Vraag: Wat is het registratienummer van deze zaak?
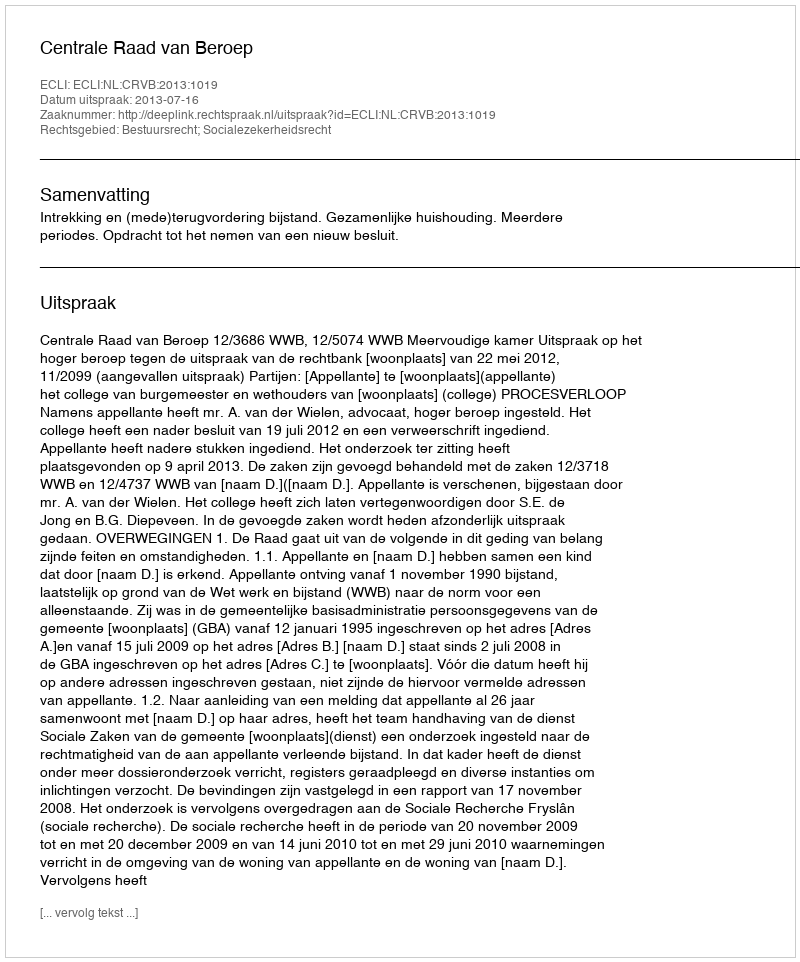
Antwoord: http://deeplink.rechtspraak.nl/uitspraak?id=ECLI:NL:CRVB:2013:1019